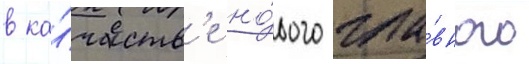
в ка́честв'е но́вого гла́вного